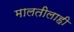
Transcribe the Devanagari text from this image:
मालतीलाही